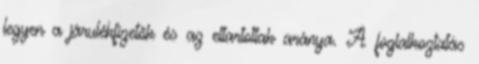
legyen a járulékfizetők és az eltartottak aránya. A foglalkoztatás